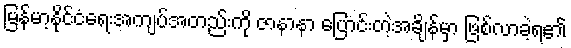
မြန်မာ့နိုင်ငံရေးအကျပ်အတည်းကို ဇာနာနာ ပြောင်းတဲ့အချိန်မှာ ဖြစ်လာခဲ့ရ၏